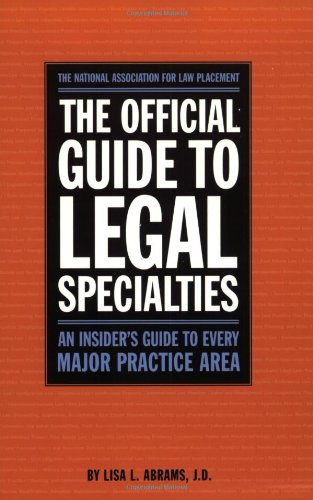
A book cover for Official Guide to Legal Specialties (Career Guides); National Association of Law Placement (NALP); Law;